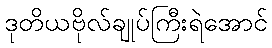
ဒုတိယဗိုလ်ချုပ်ကြီးရဲအောင်